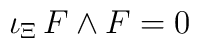
\iota_\Xi\, F \wedge F = 0